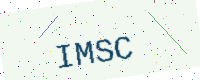
Text: IMSC